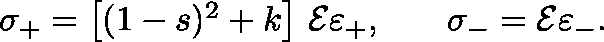
\begin{array} { l r } { \mathbf { \sigma } _ { + } = \left[ ( 1 - s ) ^ { 2 } + k \right] \, \mathcal { E } \mathbf { \varepsilon } _ { + } , } & { \, \, \, \, \, \, \mathbf { \sigma } _ { - } = \mathcal { E } \mathbf { \varepsilon } _ { - } . } \end{array}